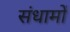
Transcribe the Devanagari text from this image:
संधामों